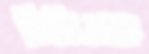
বিবিএফ